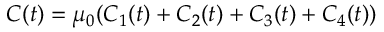
C ( t ) = \mu _ { 0 } ( C _ { 1 } ( t ) + C _ { 2 } ( t ) + C _ { 3 } ( t ) + C _ { 4 } ( t ) )